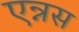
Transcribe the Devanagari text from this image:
एन्नस